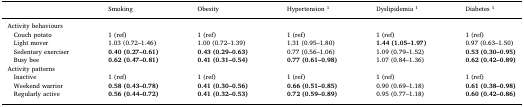
|  | Smoking | Obesity | Hypertension 1 | Dyslipidemia 1 | Diabetes 1 |
 | --- | --- | --- | --- | --- | --- |
 | Activity behaviours |  |  |  |  |  |
 | Couch potato | 1 (ref) | 1 (ref) | 1 (ref) | 1 (ref) | 1 (ref) |
 | Light mover | 1.03 (0.72–1.46) | 1.00 (0.72–1.39) | 1.31 (0.95–1.80) | 1.44 (1.05–1.97) | 0.97 (0.63–1.50) |
 | Sedentary exerciser | 0.40 (0.27–0.61) | 0.43 (0.29–0.63) | 0.77 (0.56–1.06) | 1.09 (0.79–1.52) | 0.53 (0.30–0.95) |
 | Busy bee | 0.62 (0.47–0.81) | 0.41 (0.31–0.54) | 0.77 (0.61–0.98) | 1.07 (0.84–1.36) | 0.62 (0.42–0.89) |
 | Activity patterns |  |  |  |  |  |
 | Inactive | 1 (ref) | 1 (ref) | 1 (ref) | 1 (ref) | 1 (ref) |
 | Weekend warrior | 0.58 (0.43–0.78) | 0.41 (0.30–0.56) | 0.66 (0.51–0.85) | 0.90 (0.69–1.18) | 0.61 (0.38–0.98) |
 | Regularly active | 0.56 (0.44–0.72) | 0.41 (0.32–0.53) | 0.72 (0.59–0.89) | 0.95 (0.77–1.18) | 0.60 (0.42–0.86) |